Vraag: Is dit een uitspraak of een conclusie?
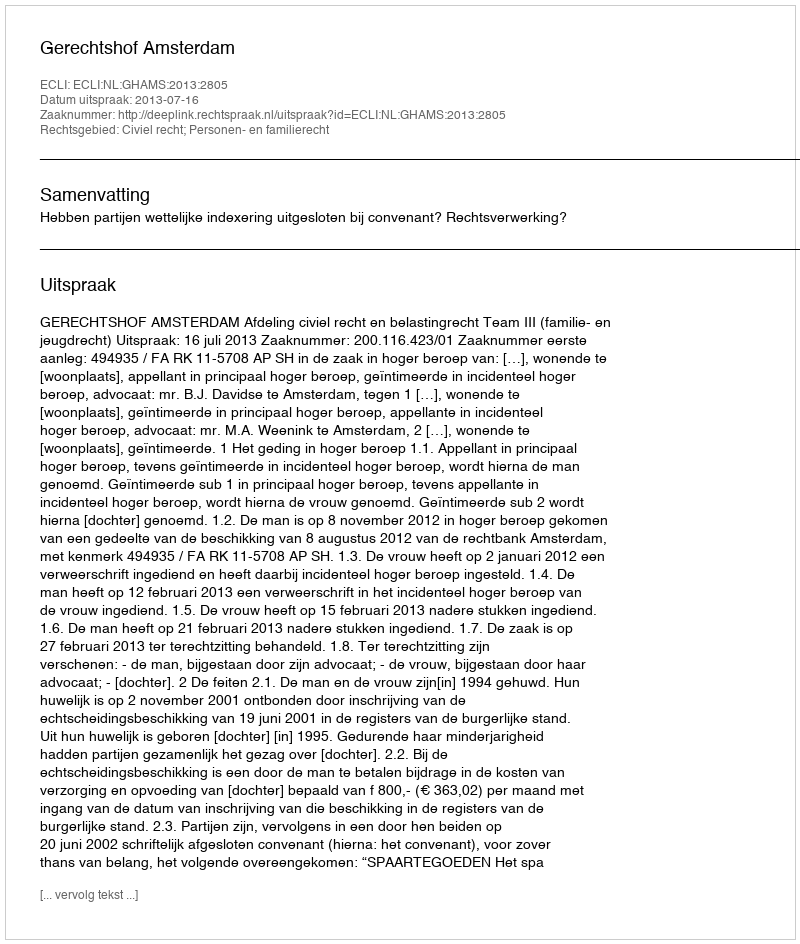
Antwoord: Uitspraak